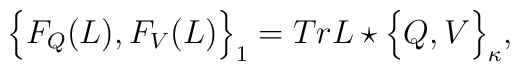
\Big \{ F_{Q}(L), F_{V}(L) \Big \}_{1} =  Tr  L\star \Big \{ Q,V\Big\}_{\kappa}, \nonumber \\